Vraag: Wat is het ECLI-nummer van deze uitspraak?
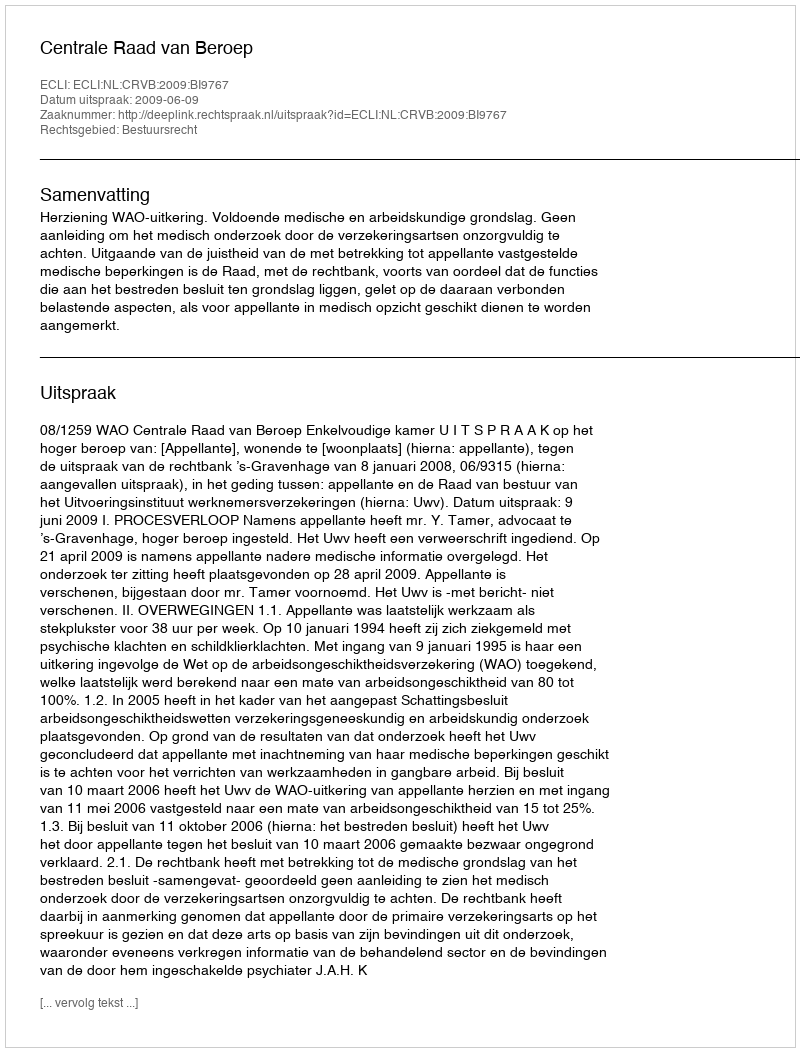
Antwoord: ECLI:NL:CRVB:2009:BI9767